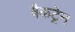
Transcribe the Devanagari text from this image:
वैकट्रेन